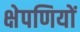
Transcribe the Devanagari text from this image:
क्षेपणियों